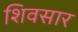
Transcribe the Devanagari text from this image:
शिवसार